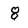
Character: 8